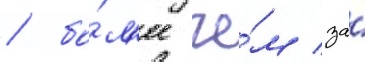
/ бо́л'ее че́м за́